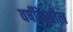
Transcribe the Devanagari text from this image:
वर्षीदेखील